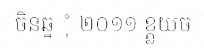
ចិនឆ្ន ុំ ២០១១ ខ្ត្លយច